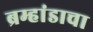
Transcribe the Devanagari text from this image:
ब्रम्हांडाचा